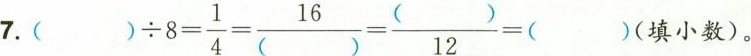
7.$$() \div 8 = \frac { 1 } { 4 } = \frac { 1 6 } { ( ) } = \frac { ( ) } { 1 2 } = ()$$(填小数)。